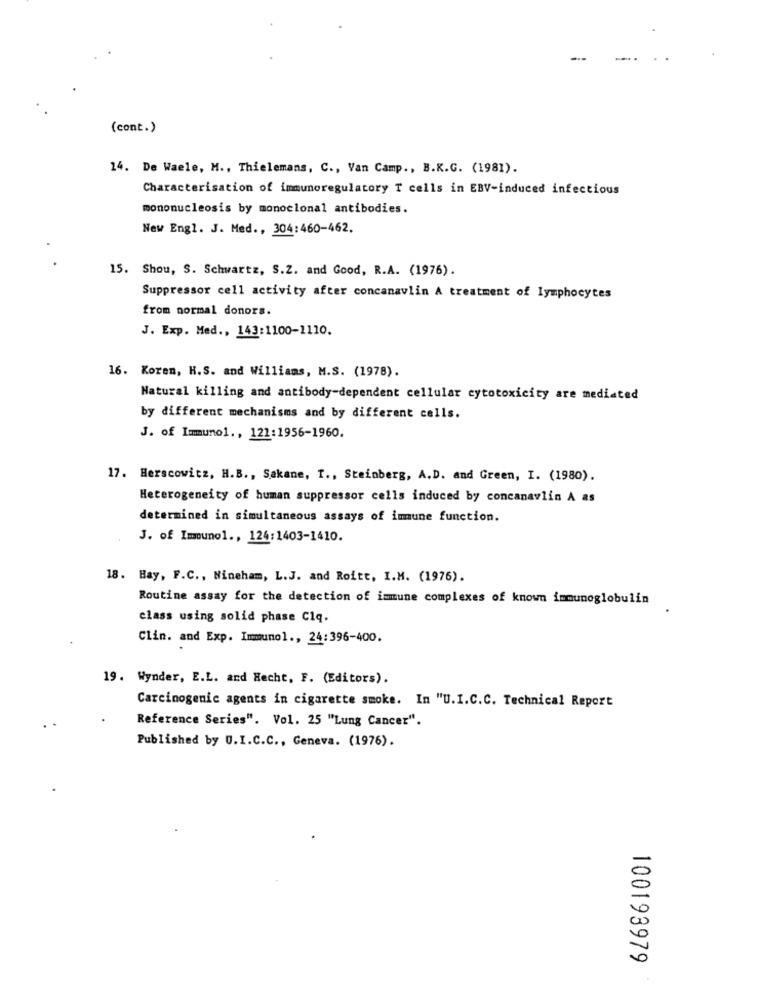
(cont.)
14. De Waele, M ., Thielemans, C ., Van Camp ., B.K.G. (1981).
Characterisation of immunoregulatory T cells in EBV-induced infectious
mononucleosis by monoclonal antibodies.
New Engl. J. Med ., 304:460-462.
15. Shou, S. Schwartz, S.Z. and Good, R.A. (1976).
Suppressor cell activity after concanavlin A treatment of lymphocytes
from normal donors.
J. Exp. Med ., 143:1100-1110.
16. Koren, H.S. and Williams, M.S. (1978).
Natural killing and antibody-dependent cellular cytotoxicity are mediated
by different mechanisms and by different cells.
J. of Immunol ., 121:1956-1960.
17. Herscowitz, H.B ., Sakane, I ., Steinberg, A.D. and Green, I. (1980).
Heterogeneity of human suppressor cells induced by concanavlin A as
determined in simultaneous assays of imune function.
J. of Immunol ., 124:1403-1410.
18. Hay, F.C ., Nineham, L.J. and Roitt, I.M. (1976).
Routine assay for the detection of immune complexes of known immunoglobulin
class using solid phase Clq.
Clin. and Exp. Immunol ., 24:396-400.
19. Wynder, E.L. and Hecht, F. (Editors).
Carcinogenic agents in cigarette smoke. In "U.I.C.C. Technical Report
Reference Series". Vol. 25 "Lung Cancer".
Published by U.I.C.C ., Geneva. (1976).
100193979